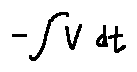
- \int V d t